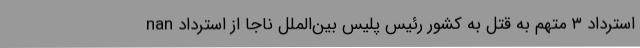
nan استرداد ۳ متهم به قتل به کشور رئیس پلیس بین‌الملل ناجا از استرداد